Report on lock hospitals in British Burma
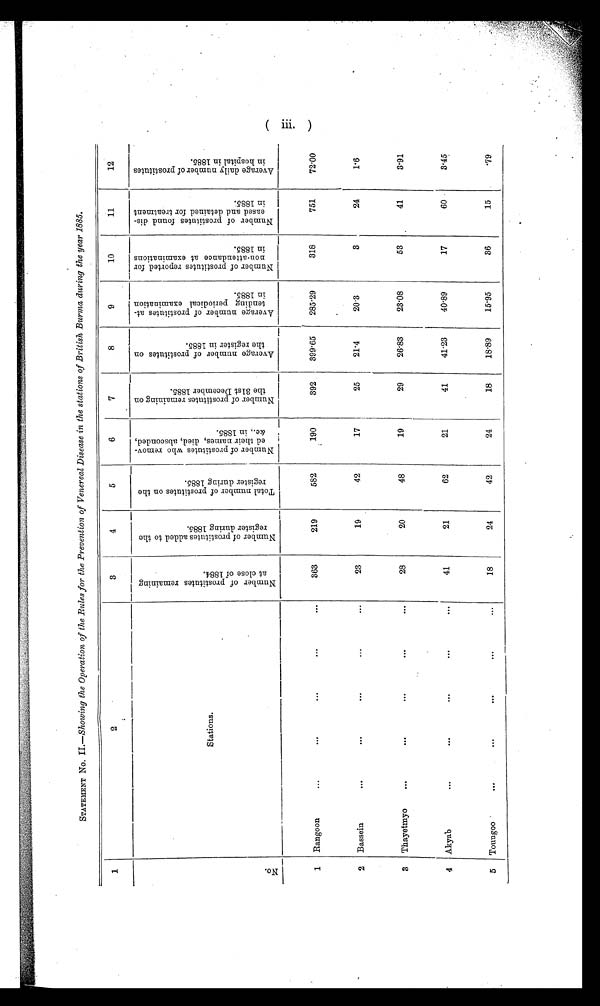
STATEMENT No. IL—Showing the Operation of the Rules for the Prevention of Venereal Disease in the stations of British Burma during the year 1885.
1
2
3
4
5
6
7
8
9
10
11
12
N o .
.
Stations.
N u m b e r o f p r o s t i t u t e s r e m a i n i n g a t c l o s e o f 1 8 8 4 .
N u m b e r o f p r o s t i t u e s a d d e d t o t h e r e g i s t e r d u r i n g 1 8 8 5 .
T o t a l n u m b e r o f p r o s t i t u t e s o n t h e r e g i s t e r d u r i n g 1 8 8 5 .
N u m b e r o f p r o s t i t u t e s w h o r e m o v - e d t h e i r n a m e s , d i e d , a b s c o n d e d , & a m p ; c . , i n 1 8 8 5 .
N u m b e r o f p r o s t i t u e s r e m a i n i n g o n t h e 3 1 s t D e c e m b e r 1 8 8 5 .
A v e r a g e n u m b e r o f p r o s t i t u t e s o n t h e r e g i s t e r i n 1 8 8 5 .
A v e r a g e n u m b e r o f p r o s t i t u t e s a t t e n d i n g p e r i o d i c a l e x a m i n a t i o n i n 1 8 8 5 .
N u m b e r o f p r o s t i t u t e s r e p o r t e d f o r n o n - a t t e n d a n c e a t e x a m i n a t i o n s i n 1 8 8 5 .
N u m b e r o f p r o s t i t u t e s f o u n d d i s e a s e d a n d d e t a i n e d f o r t r e a t m e n t i n 1 8 8 5 .
A v e r a g e d a i l y n u m b e r o f p r o s t i t u t e s i n h o s p i t a l i n 1 8 8 5 .
1 Rangoon
...
... ...
. . .
363
219
582
190
392
399.65
285.29
318
751
72.00
2 Bassein
...
...
...
...
23
19
42
17
25
21.4
20.3
3
24
1.6
3 Thayetmyo
...
...
...
...
28
20
48
19
29
26.83
23.08
53
41
3.91
4 Akyab
...
...
...
41
21
62
21
41
4123
4089
17
60
3.45
5 Toungoo
...
...
...
...
...
18
24
42
24
18
18.89
15.95
36
15
.79